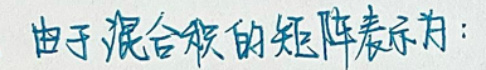
由于混合级的矩阵表示为：